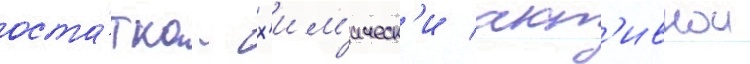
оста́тка - х'им'ическ'и акт'ивнои